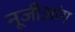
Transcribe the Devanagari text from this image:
नूजीआंग